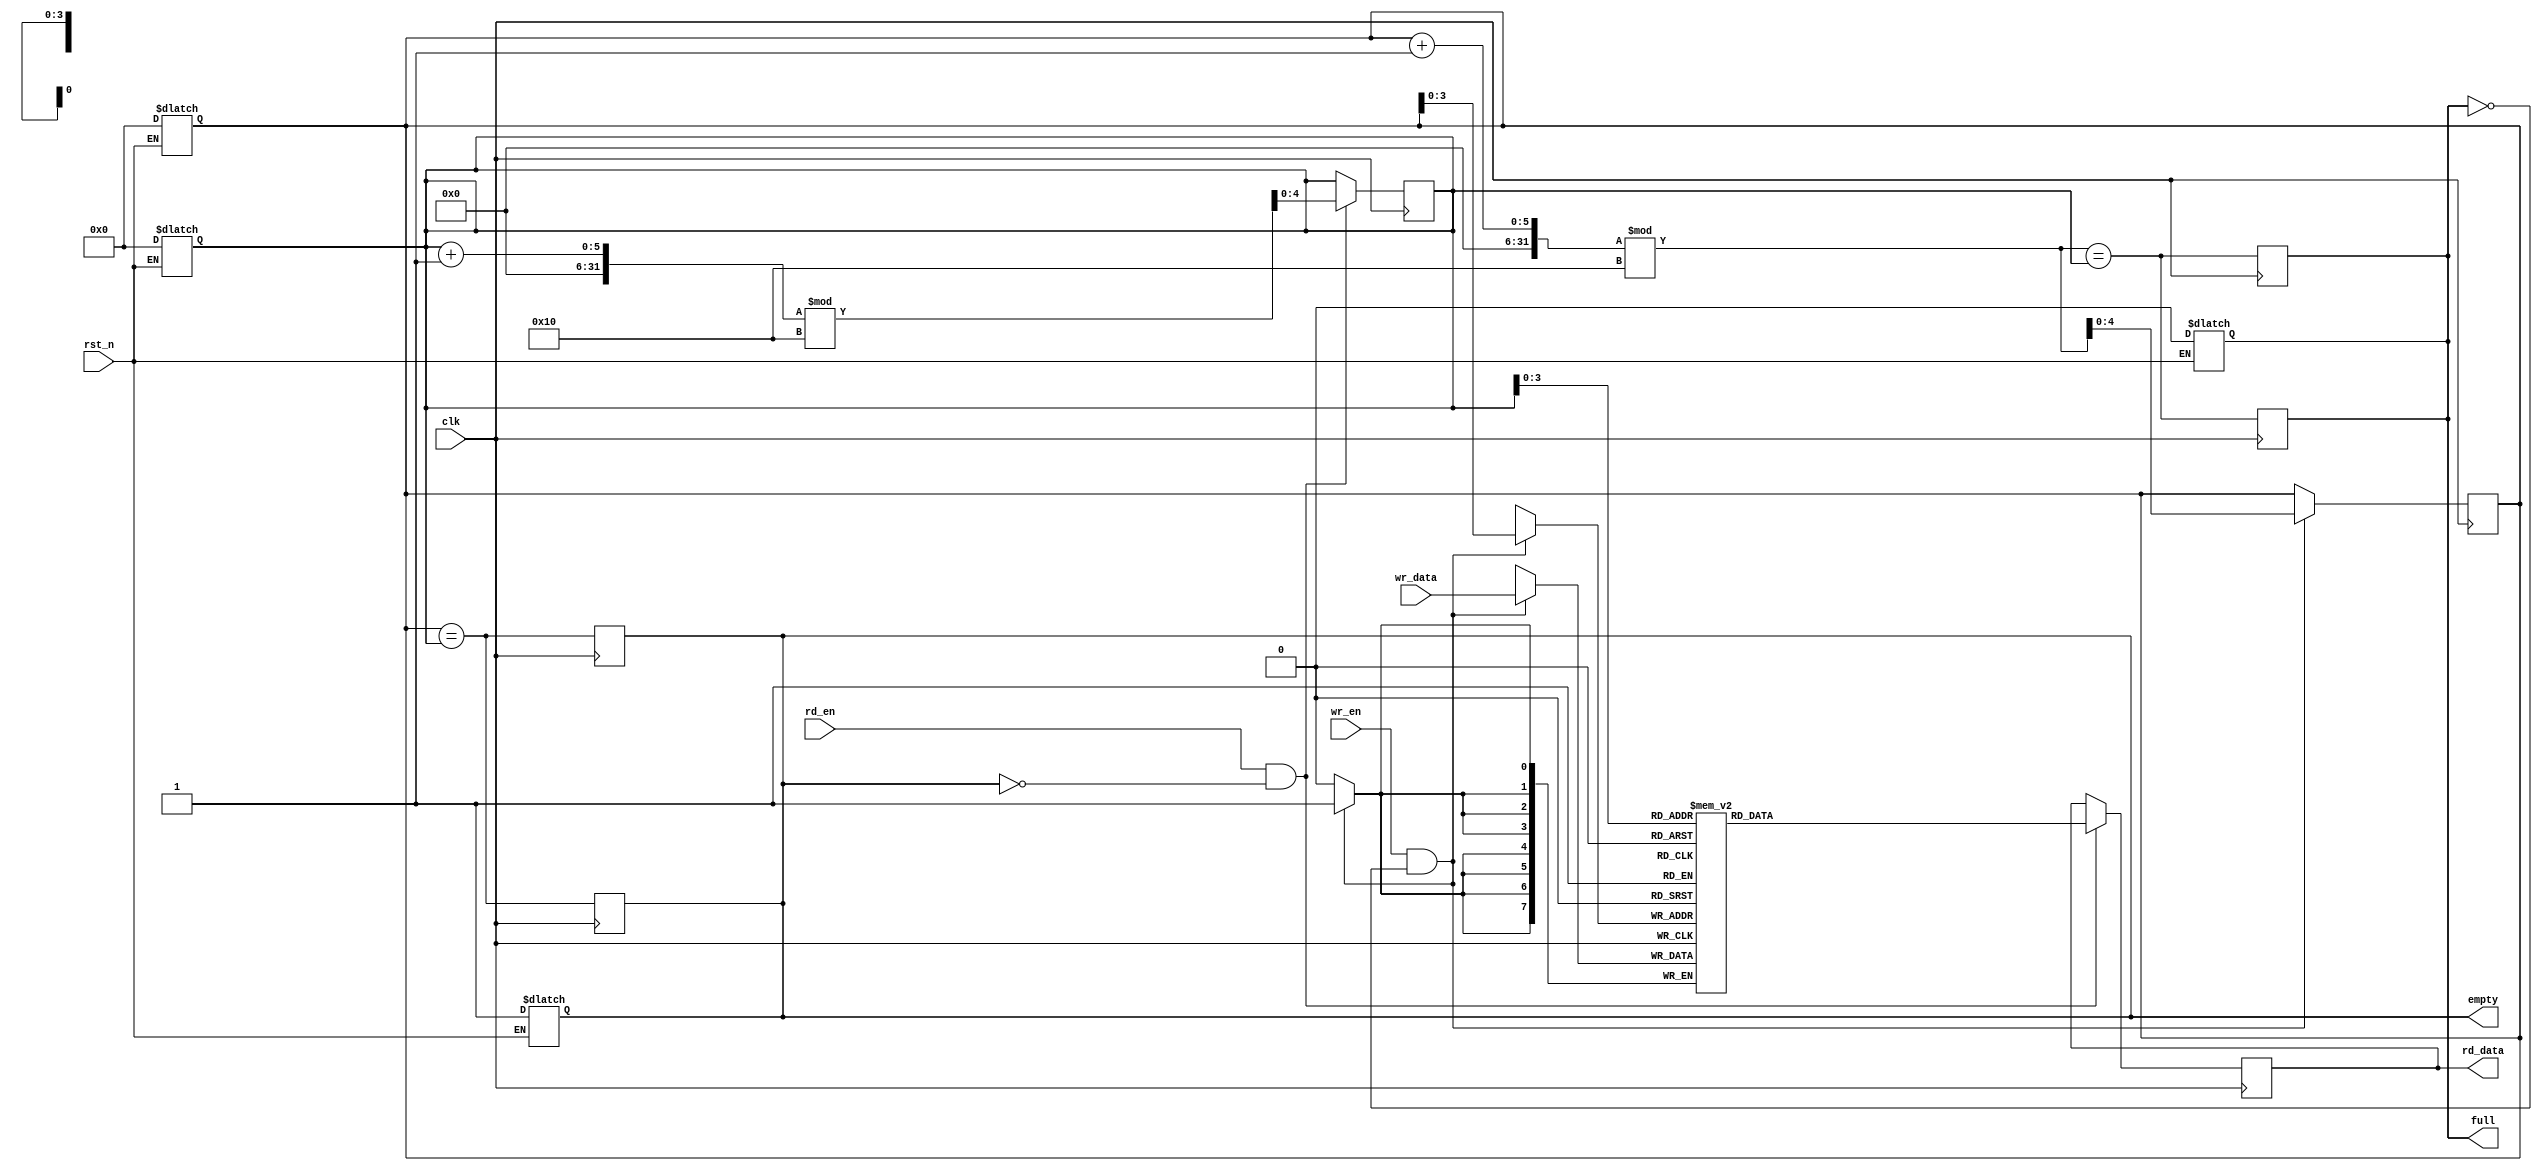
module fifo_sram #(
    parameter DEPTH = 16,  // FIFO depth
    parameter WIDTH = 8    // Width of each entry in bits
) (
    input wire clk,               // Clock signal
    input wire rst_n,             // Asynchronous active low reset
    input wire wr_en,             // Write enable
    input wire rd_en,             // Read enable
    input wire [WIDTH-1:0] wr_data, // Data to write
    output reg [WIDTH-1:0] rd_data, // Data read from FIFO
    output reg full,              // Full flag
    output reg empty              // Empty flag
);

    // Memory array definition
    reg [WIDTH-1:0] mem [0:DEPTH-1];
    reg [4:0] wr_ptr; // Write pointer (log2(DEPTH) bits)
    reg [4:0] rd_ptr; // Read pointer (log2(DEPTH) bits)
    
    // Asynchronous reset
    always @* begin
        if (!rst_n) begin
            full = 1'b0;
            empty = 1'b1;
            wr_ptr = 5'd0;
            rd_ptr = 5'd0;
        end
    end

    // Write operation
    always @(posedge clk) begin
        if (wr_en && !full) begin
            mem[wr_ptr] <= wr_data;           // Write data to memory
            wr_ptr <= (wr_ptr + 1) % DEPTH;  // Increment write pointer
        end

        // Update full and empty flags
        full <= ((wr_ptr + 1) % DEPTH == rd_ptr);
        empty <= (wr_ptr == rd_ptr);
    end

    // Read operation
    always @(posedge clk) begin
        if (rd_en && !empty) begin
            rd_data <= mem[rd_ptr];          // Read data from memory
            rd_ptr <= (rd_ptr + 1) % DEPTH;  // Increment read pointer
        end

        // Update full and empty flags
        full <= ((wr_ptr + 1) % DEPTH == rd_ptr);
        empty <= (wr_ptr == rd_ptr);
    end

endmodule